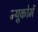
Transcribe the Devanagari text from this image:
न्यूकोमें